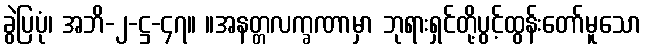
ခွဲပြပုံ၊ အဘိ-၂-ဋ္ဌ-၄၇။ ။အနတ္တလက္ခဏာမှာ ဘုရားရှင်တို့ပွင့်ထွန်းတော်မူသော